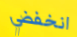
انخفضي